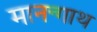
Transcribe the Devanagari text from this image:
मानन्गाथ